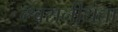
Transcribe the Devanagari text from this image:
व्श्वसनीयता